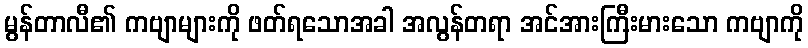
မွန်တာလီ၏ ကဗျာများကို ဖတ်ရသောအခါ အလွန်တရာ အင်အားကြီးမားသော ကဗျာကို